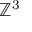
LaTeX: \mathbb { Z } ^ { 3 }